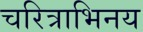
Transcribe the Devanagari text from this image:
चरित्राभिनय